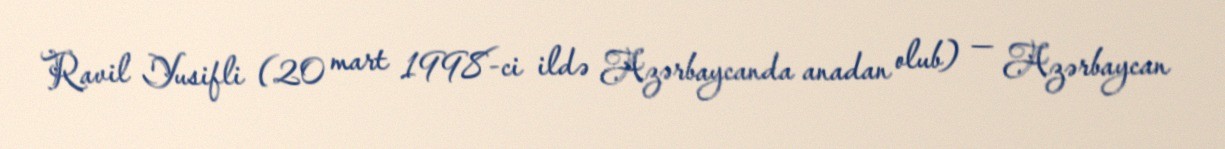
Ravil Yusifli (20 mart 1998-ci ildə Azərbaycanda anadan olub) — Azərbaycan